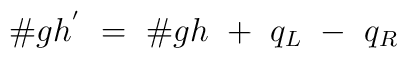
{\#} gh^{'} ~=~{\#}  gh ~+~ q_L ~-~q_R